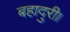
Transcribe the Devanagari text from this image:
बहादुरी।